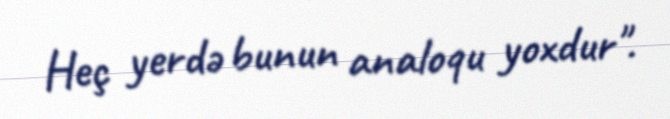
Heç yerdə bunun analoqu yoxdur".